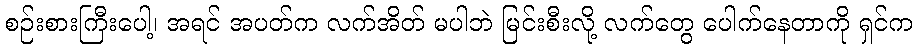
စဉ်းစားကြီးပေါ့၊ အရင် အပတ်က လက်အိတ် မပါဘဲ မြင်းစီးလို့ လက်တွေ ပေါက်နေတာကို ရှင်က